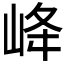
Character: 𡶶